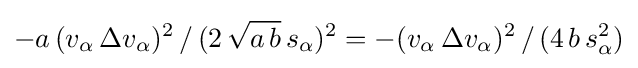
-a\,(v_{\alpha }\,\Delta v_{\alpha })^{2}\,/\,(2\,{\sqrt {a\,b}}\,s_{\alpha })^{2}=-(v_{\alpha }\,\Delta v_{\alpha })^{2}\,/\,(4\,b\,s_{\alpha }^{2})